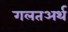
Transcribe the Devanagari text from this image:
गलतअर्थ